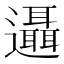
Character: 𨙓